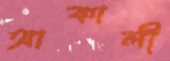
আকালী